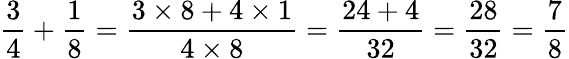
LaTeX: {\frac{3}{4}}+{\frac{1}{8}}={\frac{3\times 8+4\times 1}{4\times 8}}={\frac{24+4}{32}}={\frac{28}{32}}={\frac{7}{8}}